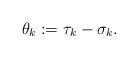
LaTeX: \begin{align*}\theta_k:=\tau_k-\sigma_k.\end{align*}